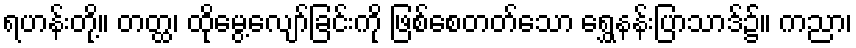
ရဟန်းတို့။ တတ္ထ၊ ထိုမွေ့လျော်ခြင်းကို ဖြစ်စေတတ်သော ရွှေနန်းပြာသာဒ်၌။ ကညာ၊